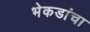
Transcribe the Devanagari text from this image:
भेकडांचा